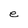
Character: e